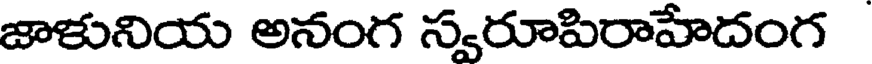
జాళునియ అనంగ స్వరూపిరాహేదంగ